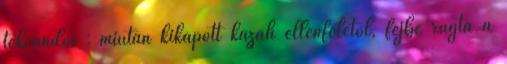
tekvandós : miután kikapott kazah ellenfelétől, fejbe rúgta a